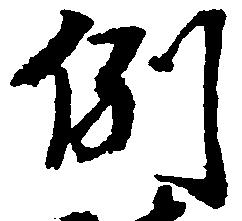
例